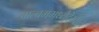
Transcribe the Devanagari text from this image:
आल्बममध्येदेखील